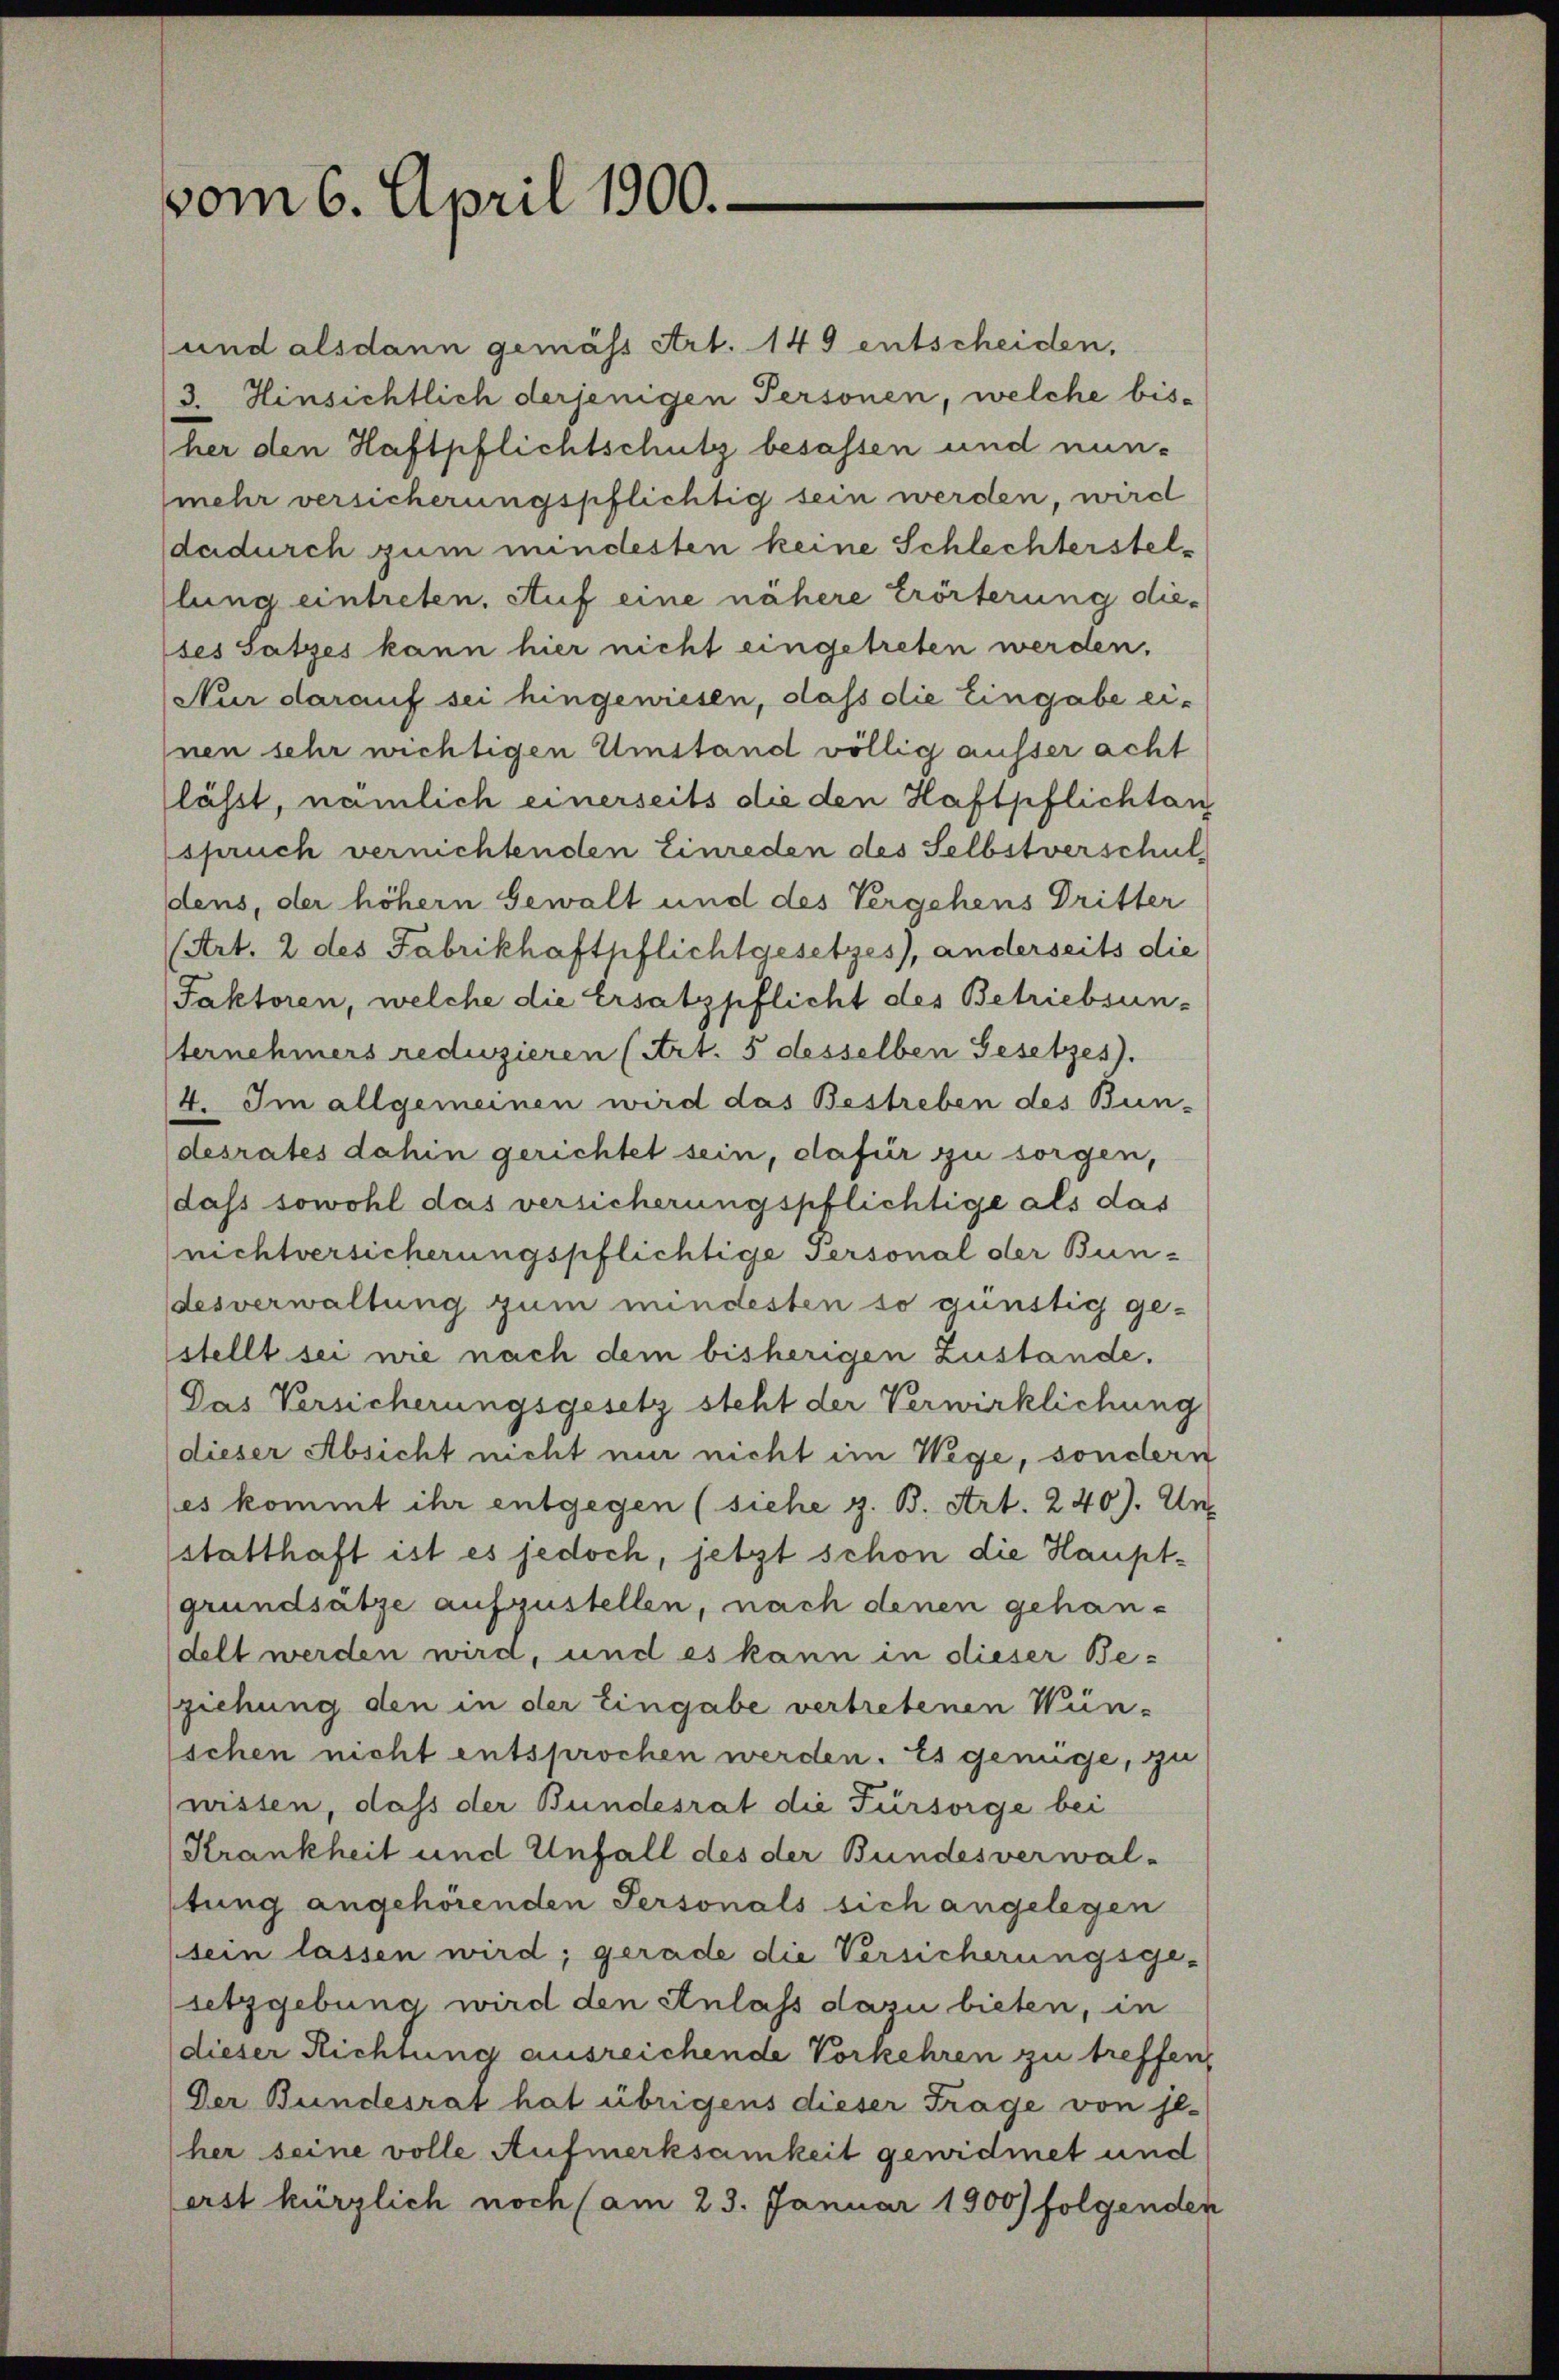
vom 6. April 1900.

und alsdann gemäss Art. 149 entscheiden.
3. Hinsichtlich derjenigen Personen, welche bisher den Haftpflichtschutz besassen und nunmehr versicherungspflichtig sein werden, wird
dadurch zum mindesten keine Schlechterstellung eintreten. Auf eine nähere Erörterung die-
ses Satzes kann hier nicht eingetreten werden.
Nur darauf sei hingewiesen, dass die Eingabe ei-
nen sehr wichtigen Umstand völlig ausser acht
lässt, nämlich einerseits die den Haftpflichtan
spruch vernichtenden Einreden des Selbstverschul
dens, der höhern Gewalt und des Vergehens Dritter
(Art. 2 des Fabrikhaftpflichtgesetzes), anderseits die
Faktoren, welche die Ersatzpflicht des Betriebsun-
ternehmers rediszieren (Art. 5 desselben Gesetzes).
4. Im allgemeinen wird das Bestreben des Bun-
desrates dahin gerichtet sein, dafür zu sorgen,
dass sowohl das versicherungspflichtige als das
nichtversicherungspflichtige Personal der Bun-
desverwaltung zum mindesten so günstig ge-
stellt sei wie nach dem bisherigen Zustande.
Das Versicherungsgesetz steht der Verwirklichung
dieser Absicht nicht nur nicht im Wege, sondern
es kommt ihr entgegen (siehe z. B. Art. 240). Un
statthaft ist es jedoch, jetzt schon die Hauptgrundsätze aufzustellen, nach denen gehandelt werden wird, und es kann in dieser Be-
ziehung den in der Eingabe vertretenen Wünschen nicht entsprochen werden. Es genüge, zu
wissen, dass der Bundesrat die Fürsorge bei
Krankheit und Unfall des der Bundesverwal-
stung angehörenden Personals sich angelegen
sein lassen wird; gerade die Versicherungsge-
setzgebung wird den Anlass dazu bieten, in
dieser Richtung ausreichende Vorkehren zu treffen,
Der Bundesrat hat übrigens dieser Frage von se-
her seine volle Aufmerksamkeit gewidmet und
(erst kürzlich noch (am 23. Januar 1900) folgenden